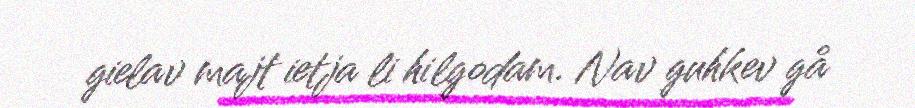
gielav majt ietja li hilgodam. Nav guhkev gå